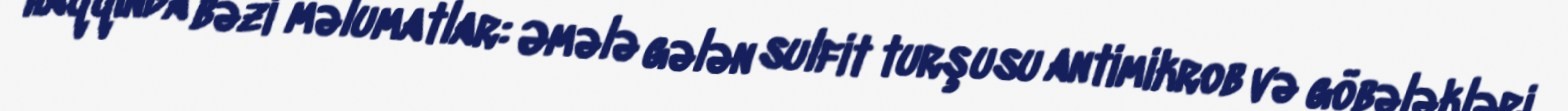
haqqında bəzi məlumatlar: Əmələ gələn sulfit turşusu antimikrob və göbələkləri